Civil Veterinary Department Bihar & Orissa reports 1922-29 - 1922-1929
Year: 1922
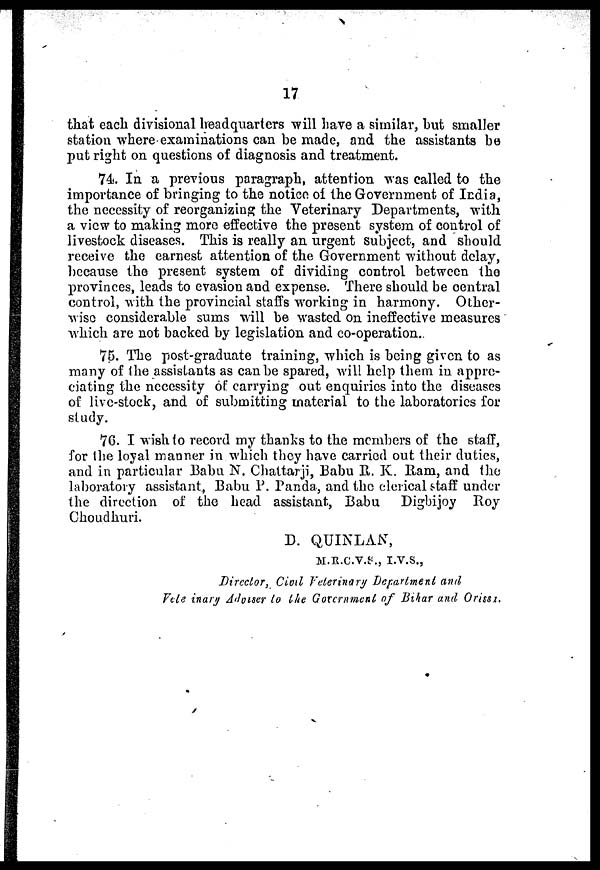
17
that each divisional headquarters will have a similar, but smaller
station where examinations can be made, and the assistants be
put right on questions of diagnosis and treatment.
74. In a previous paragraph, attention was called to the
importance of bringing to the notice of the Government of India,
the necessity of reorganizing the Veterinary Departments, with
a view to making more effective the present system of control of
livestock diseases. This is really an urgent subject, and should
receive the earnest attention of the Government without delay,
because the present system of dividing control between the
provinces, leads to evasion and expense. There should be central
control, with the provincial staffs working in harmony. Other-
wise considerable sums will be wasted on ineffective measures
which are not backed by legislation and co-operation.
75. The post-graduate training, which is being given to as
many of (he assistants as can be spared, will help them in appre-
ciating the necessity of. carrying out enquiries into the diseases
of live-stock, and of submitting material to the laboratories for
study.
7G. I wish to record my thanks to the members of the staff,
for the loyal manner in which they have carried out their duties,
and in particular Balm N. Chattarji, Babu R. K. Ram, and the
laboratory assistant, Babu P. Panda, and the clerical staff under
the direction of the head assistant, Babu
Digbijoy Roy
Choudhuri.
D. QUINLAN,
M.R.C.V.S., I.V.S.,
Director, Civil Veterinary Department and
Veteinary Adorser to the Government of Bihar and Orissa.